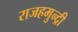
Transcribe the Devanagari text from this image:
राजहमुन्द्री